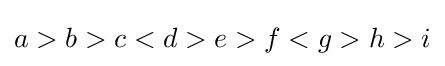
a>b>c<d>e>f<g>h>i